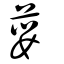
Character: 蘡